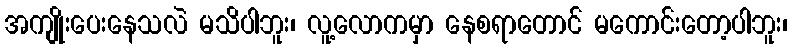
အကျိုးပေးနေသလဲ မသိပါဘူး၊ လူ့လောကမှာ နေစရာတောင် မကောင်းတော့ပါဘူး၊